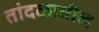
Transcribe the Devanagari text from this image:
तांदळातील